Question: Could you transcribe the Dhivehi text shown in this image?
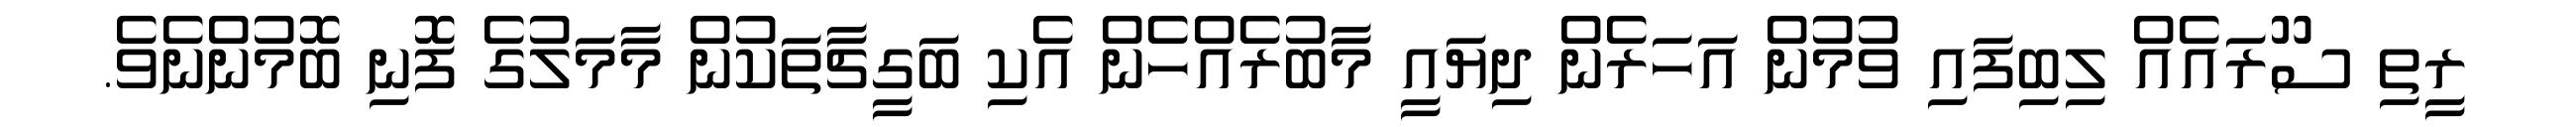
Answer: ރީތި ސޫރައެއް ލިބިފައި ވުމުން އަހަރެން ދިޔައީ މާބުރެއްހެން އެކި ބަގީޗާތަކުން މާމަލުގެ ފޮނި ބޮމުންނެވެ.